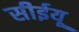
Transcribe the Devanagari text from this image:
सीईयू